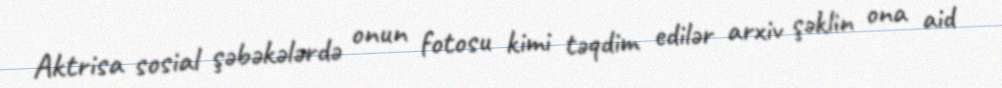
Aktrisa sosial şəbəkələrdə onun fotosu kimi təqdim edilər arxiv şəklin ona aid